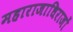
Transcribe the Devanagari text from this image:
महाराजाधिराजों